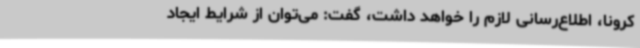
کرونا، اطلاع‌رسانی لازم را خواهد داشت، گفت: می‌توان از شرایط ایجاد